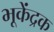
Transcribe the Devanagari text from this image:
भूकेंद्रक